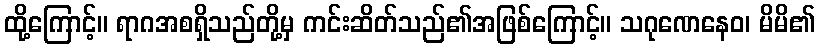
ထို့ကြောင့်။ ရာဂအစရှိသည်တို့မှ ကင်းဆိတ်သည်၏အဖြစ်ကြောင့်။ သဂုဏေနေဝ၊ မိမိ၏